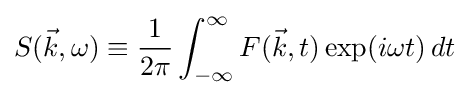
S({\vec {k}},\omega )\equiv {\frac {1}{2\pi }}\int _{-\infty }^{\infty }F({\vec {k}},t)\exp(i\omega t)\,dt